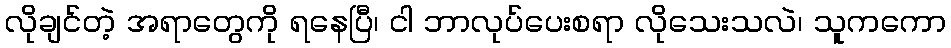
လိုချင်တဲ့ အရာတွေကို ရနေပြီ၊ ငါ ဘာလုပ်ပေးစရာ လိုသေးသလဲ၊ သူကကော